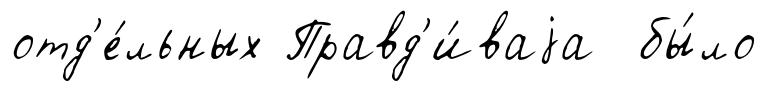
отд'е́льных Правд'и́ваjа бы́ло